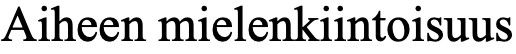
Aiheen mielenkiintoisuus